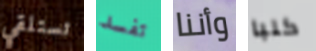
تستلقي تفسد وأننا كلبا